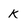
Character: k